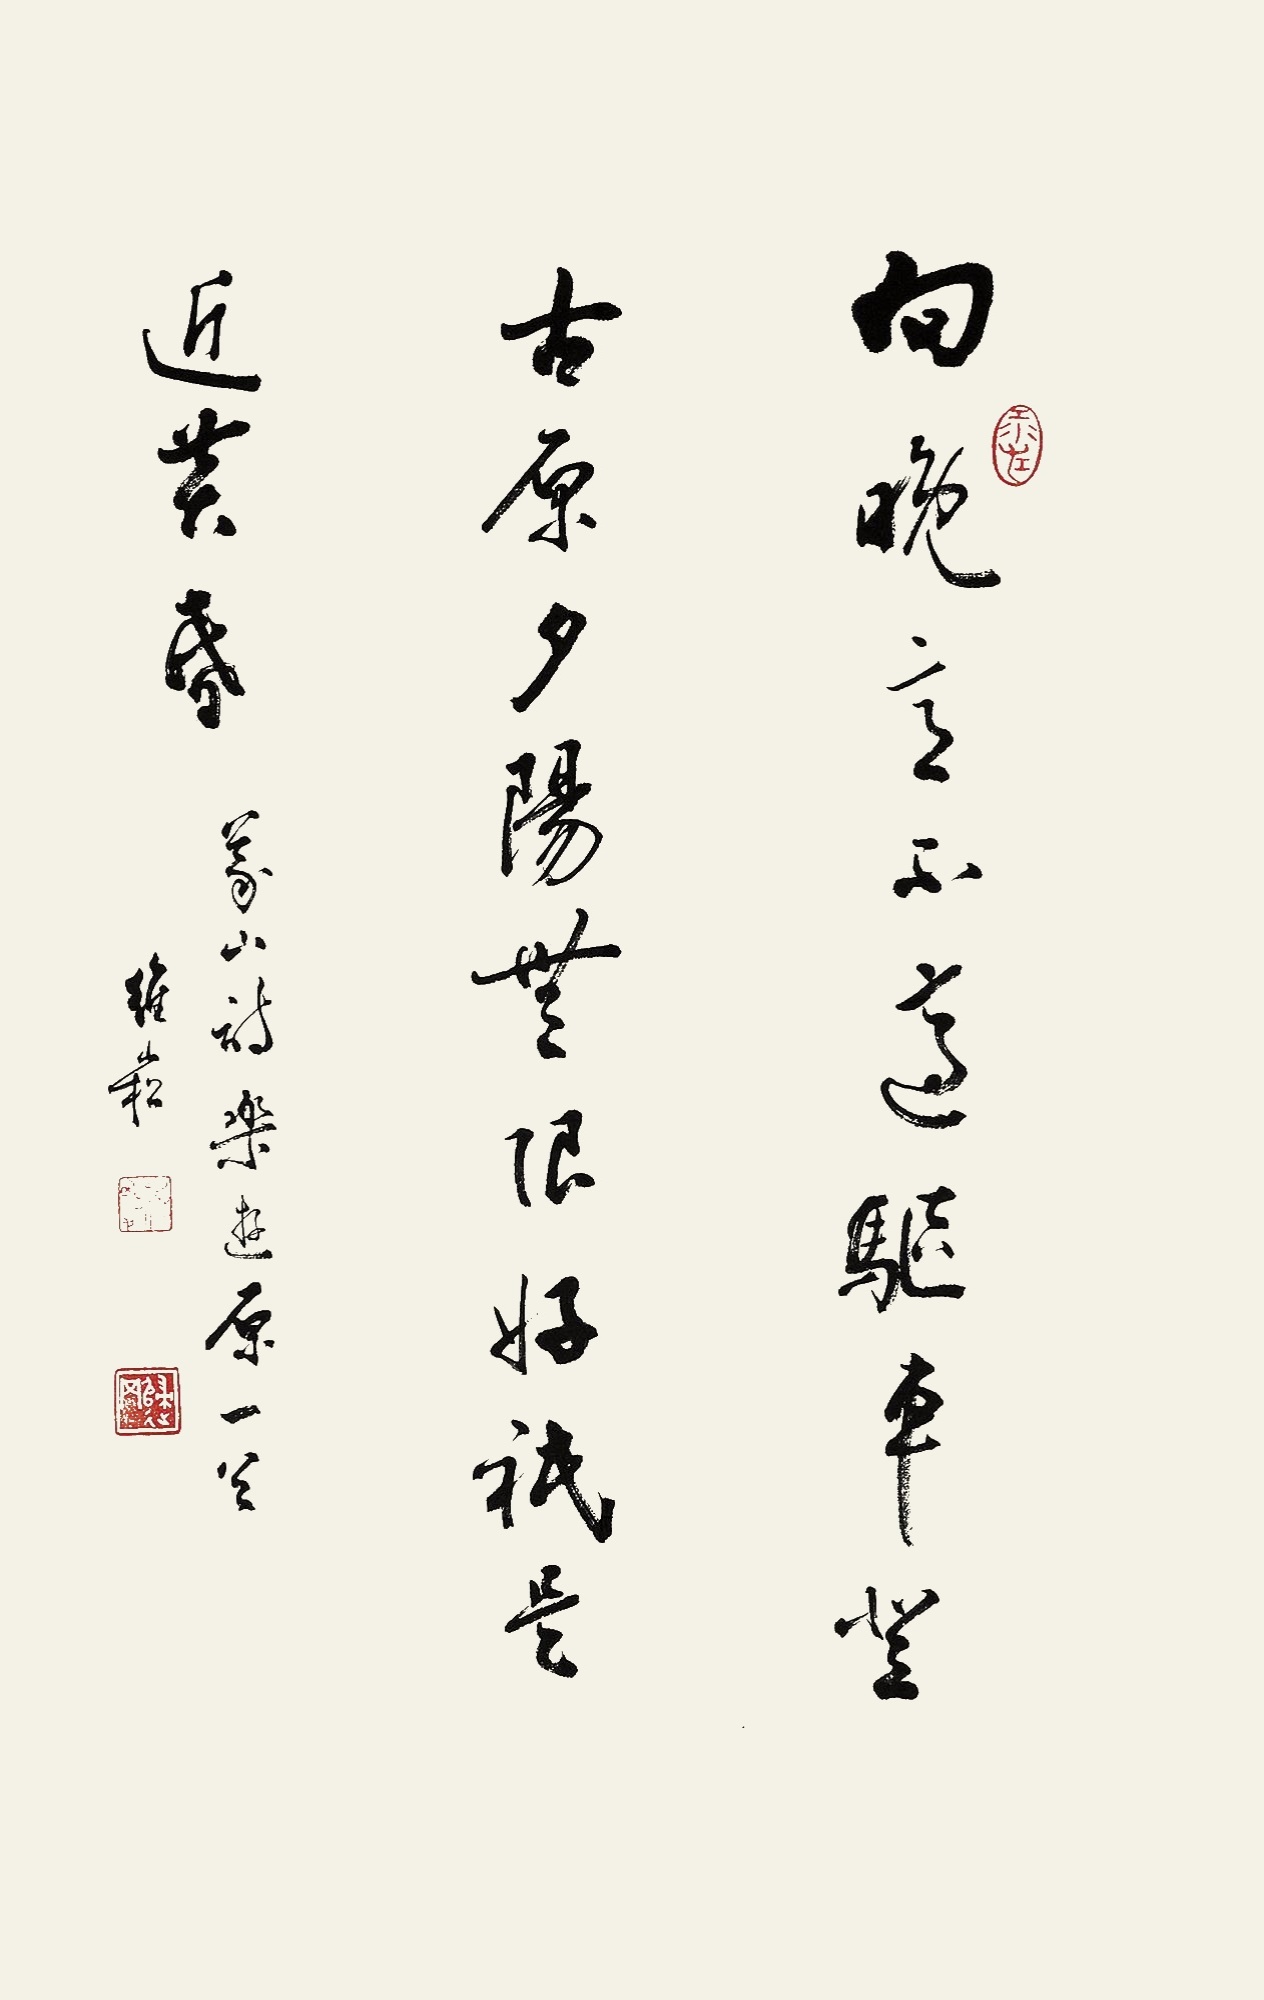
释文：向晚意不适，驱车登古原。夕阳无限好，只是近黄昏。义山诗乐游原一首。维崧。